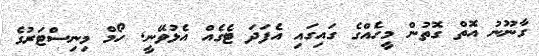
ގާނޫނު އޮތް ގޮތުން މީހެއްގެ ގައިގައި އެފަދަ ޓެގެއް އެޅުވޭނީ